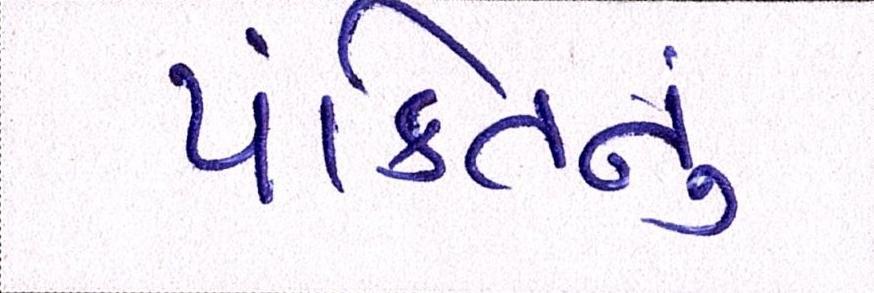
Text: પંક્તિનું